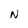
Character: N